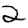
Digit: 2